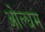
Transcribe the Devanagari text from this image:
ओल्धम